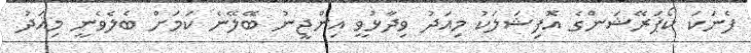
ފެނަކަ ކޯޕަރޭޝަންގެ އޮފިޝަލަކު މިއަދު ވިދާޅުވީ އިންޖީނު ބޭލޭނެ ކަމަށް ބެލެވެނީ މިއަދު